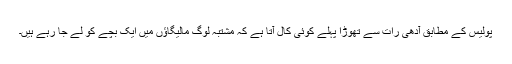
پولیس کے مطابق آدھی رات سے تھوڑا پہلے کوئی کال آتا ہے کہ مشتبہ لوگ مالیگاؤں میں ایک بچے کو لے جا رہے ہیں۔